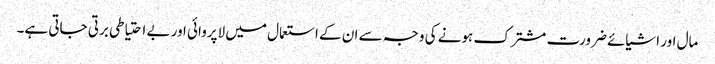
مال اور اشیائے ضرورت مشترک ہونے کی وجہ سے ان کے استعمال میں لاپروائی اور بے احتیاطی برتی جاتی ہے۔